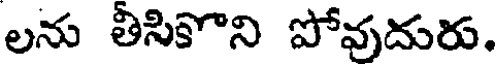
లను తీసికొని పోవుదురు.